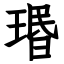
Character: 瑉